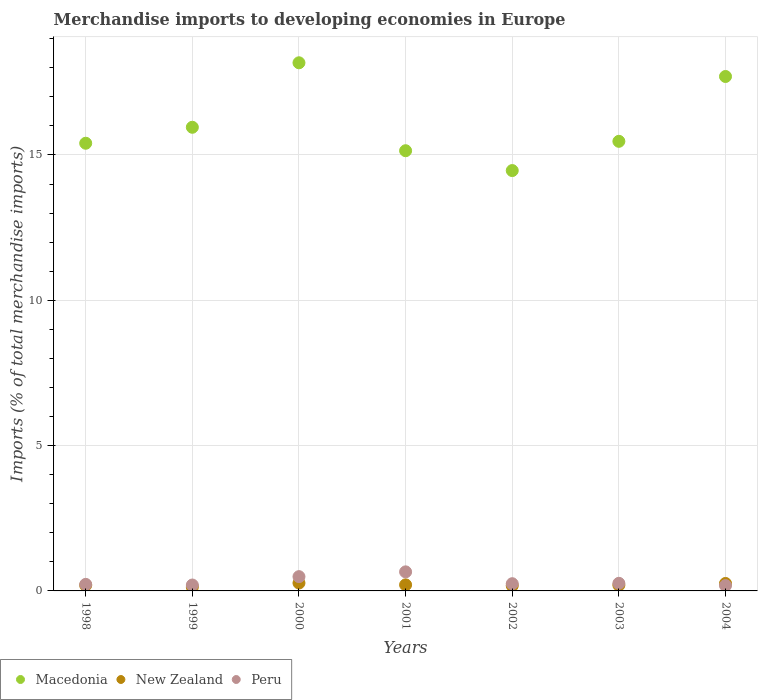
| Years | Macedonia | New Zealand | Peru |
 | --- | --- | --- | --- |
 | 1998 | 15.4 | 0.194 | 0.225 |
 | 1999 | 16 | 0.133 | 0.203 |
 | 2000 | 18.2 | 0.272 | 0.491 |
 | 2001 | 15.1 | 0.209 | 0.656 |
 | 2002 | 14.5 | 0.181 | 0.248 |
 | 2003 | 15.5 | 0.199 | 0.262 |
 | 2004 | 17.7 | 0.257 | 0.184 |